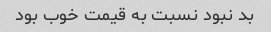
بد نبود نسبت به قیمت خوب بود